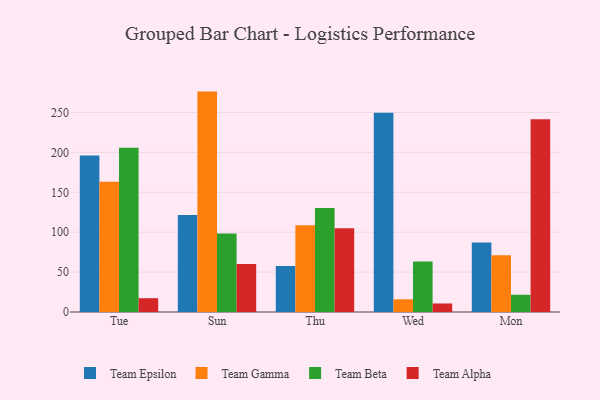
{"axis": {"x": "Day", "y": "LTV (USD)"}, "legend": ["Team Alpha", "Team Beta", "Team Epsilon", "Team Gamma"], "data": [{"x": "Tue", "y": 196.0, "type": "Team Epsilon"}, {"x": "Tue", "y": 163.3, "type": "Team Gamma"}, {"x": "Tue", "y": 205.7, "type": "Team Beta"}, {"x": "Tue", "y": 17.3, "type": "Team Alpha"}, {"x": "Sun", "y": 121.7, "type": "Team Epsilon"}, {"x": "Sun", "y": 276.2, "type": "Team Gamma"}, {"x": "Sun", "y": 98.4, "type": "Team Beta"}, {"x": "Sun", "y": 60.2, "type": "Team Alpha"}, {"x": "Thu", "y": 57.8, "type": "Team Epsilon"}, {"x": "Thu", "y": 108.8, "type": "Team Gamma"}, {"x": "Thu", "y": 130.3, "type": "Team Beta"}, {"x": "Thu", "y": 104.8, "type": "Team Alpha"}, {"x": "Wed", "y": 249.6, "type": "Team Epsilon"}, {"x": "Wed", "y": 15.9, "type": "Team Gamma"}, {"x": "Wed", "y": 63.3, "type": "Team Beta"}, {"x": "Wed", "y": 10.7, "type": "Team Alpha"}, {"x": "Mon", "y": 87.0, "type": "Team Epsilon"}, {"x": "Mon", "y": 71.2, "type": "Team Gamma"}, {"x": "Mon", "y": 21.6, "type": "Team Beta"}, {"x": "Mon", "y": 241.7, "type": "Team Alpha"}]}